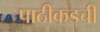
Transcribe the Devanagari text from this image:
पाठीकडची